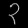
Digit: ၃